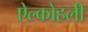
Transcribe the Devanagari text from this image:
ऐल्कोहली